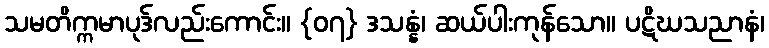
သမတိက္ကမာပုဒ်လည်းကောင်း။ {၀၇} ဒသန္နံ၊ ဆယ်ပါးကုန်သော။ ပဋိဃသညာနံ၊